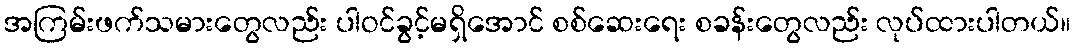
အကြမ်းဖက်သမားတွေလည်း ပါဝင်ခွင့်မရှိအောင် စစ်ဆေးရေး စခန်းတွေလည်း လုပ်ထားပါတယ်။